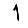
Digit: 1